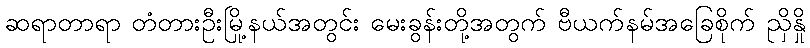
ဆရာတာရာ တံတားဦးမြို့နယ်အတွင်း မေးခွန်းတို့အတွက် ဗီယက်နမ်အခြေစိုက် ညှိနှို